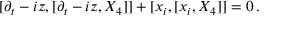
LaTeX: [ \partial _ { t } - i z , [ \partial _ { t } - i z , X _ { 4 } ] ] + [ x _ { i } , [ x _ { i } , X _ { 4 } ] ] = 0 \, .